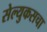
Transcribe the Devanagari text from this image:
सेल्युकसचा